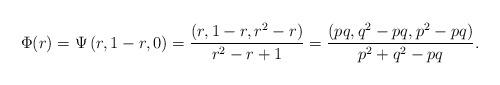
LaTeX: \begin{align*}\Phi (r)=\Psi\left(r, 1-r, 0\right)=\frac{(r, 1- r,r^2 - r)}{r^2 - r + 1}=\frac{(pq, q^2 - pq,p^2 - pq)}{p^2 + q^2 - pq}.\end{align*}